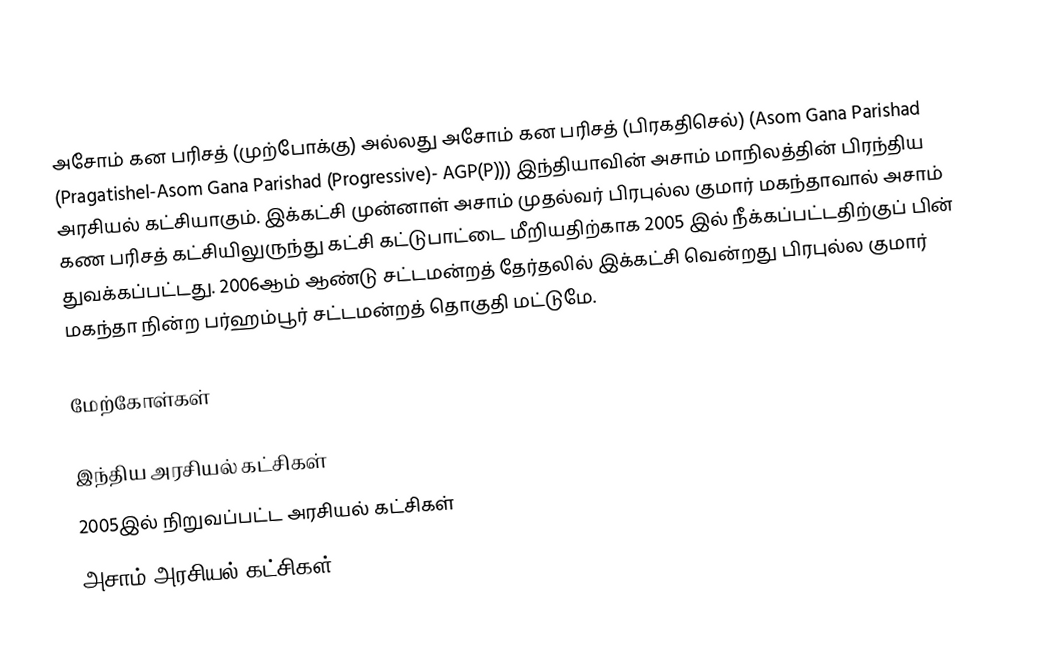
அசோம் கன பரிசத் (முற்போக்கு) அல்லது அசோம் கன பரிசத் (பிரகதிசெல்) (Asom Gana Parishad (Pragatishel-Asom Gana Parishad (Progressive)- AGP(P))) இந்தியாவின் அசாம் மாநிலத்தின் பிரந்திய அரசியல் கட்சியாகும். இக்கட்சி முன்னாள் அசாம் முதல்வர் பிரபுல்ல குமார் மகந்தாவால் அசாம் கண பரிசத் கட்சியிலுருந்து கட்சி கட்டுபாட்டை மீறியதிற்காக 2005 இல் நீக்கப்பட்டதிற்குப் பின் துவக்கப்பட்டது. 2006ஆம் ஆண்டு சட்டமன்றத் தேர்தலில் இக்கட்சி வென்றது பிரபுல்ல குமார் மகந்தா நின்ற பர்ஹம்பூர் சட்டமன்றத் தொகுதி மட்டுமே.

மேற்கோள்கள்

இந்திய அரசியல் கட்சிகள்
2005இல் நிறுவப்பட்ட அரசியல் கட்சிகள்
அசாம் அரசியல் கட்சிகள்